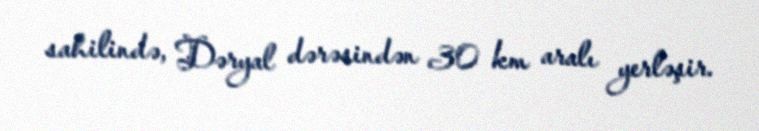
sahilində, Dəryal dərəsindən 30 km aralı yerləşir.